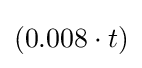
(0.008\cdot t)